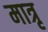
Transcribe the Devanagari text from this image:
मात्रृ